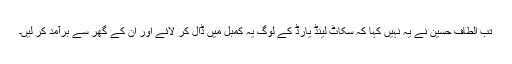
تب الطاف حسین نے یہ نہیں کہا کہ سکاٹ لینڈ یارڈ کے لوگ یہ کمبل میں ڈال کر لائے اور ان کے گھر سے برآمد کر لیں۔